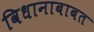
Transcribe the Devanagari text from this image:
विधानाबाबत